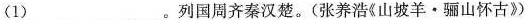
(1)___。列国周齐秦汉楚。(张养浩《山坡羊·骊山怀古》)